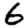
Digit: 6